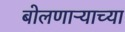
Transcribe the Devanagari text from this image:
बोलणाऱ्याच्या